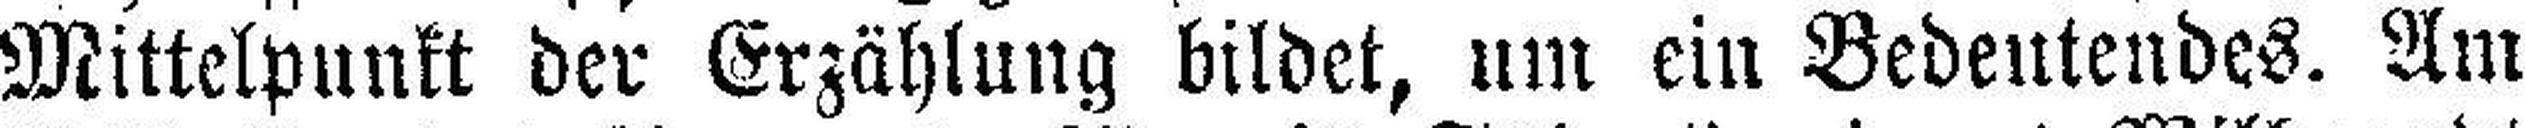
Mittelpunkt der Erzählung bildet, um ein Bedentendes. Am